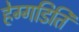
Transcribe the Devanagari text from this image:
हेग्गडिति